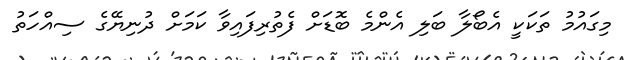
މިގައުމު ތަކަކީ އެބޯލާ ބަލި އެންމެ ބޮޑަށް ފެތުރިފައިވާ ކަމަށް ދުނިޔޭގެ ސިއްހަތު